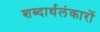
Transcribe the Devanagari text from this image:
शब्दार्थलंकारों